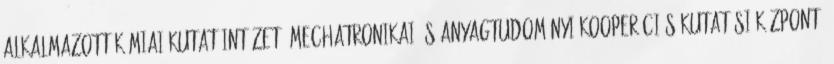
Alkalmazott Kémiai Kutatóintézet, Mechatronikai és Anyagtudományi Kooperációs Kutatási Központ,